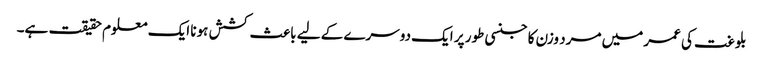
بلوغت کی عمر میں مرد وزن کا جنسی طور پر ایک دوسرے کے لیے باعث کشش ہونا ایک معلوم حقیقت ہے۔